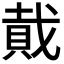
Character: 𮚂